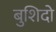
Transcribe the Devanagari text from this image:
बुशिदो